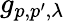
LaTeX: g_{p,p^{\prime},\lambda}